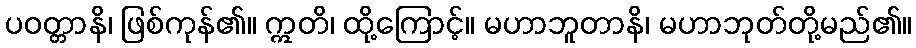
ပဝတ္တာနိ၊ ဖြစ်ကုန်၏။ ဣတိ၊ ထို့ကြောင့်။ မဟာဘူတာနိ၊ မဟာဘုတ်တို့မည်၏။